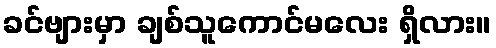
ခင်ဗျားမှာ ချစ်သူကောင်မလေး ရှိလား။